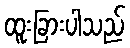
ထူးခြားပါသည်